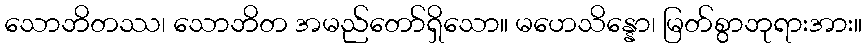
သောဘိတဿ၊ သောဘိတ အမည်တော်ရှိသော။ မဟေသိန္နော၊ မြတ်စွာဘုရားအား။